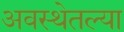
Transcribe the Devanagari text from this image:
अवस्थेतल्या